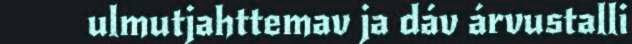
ulmutjahttemav ja dáv árvustalli